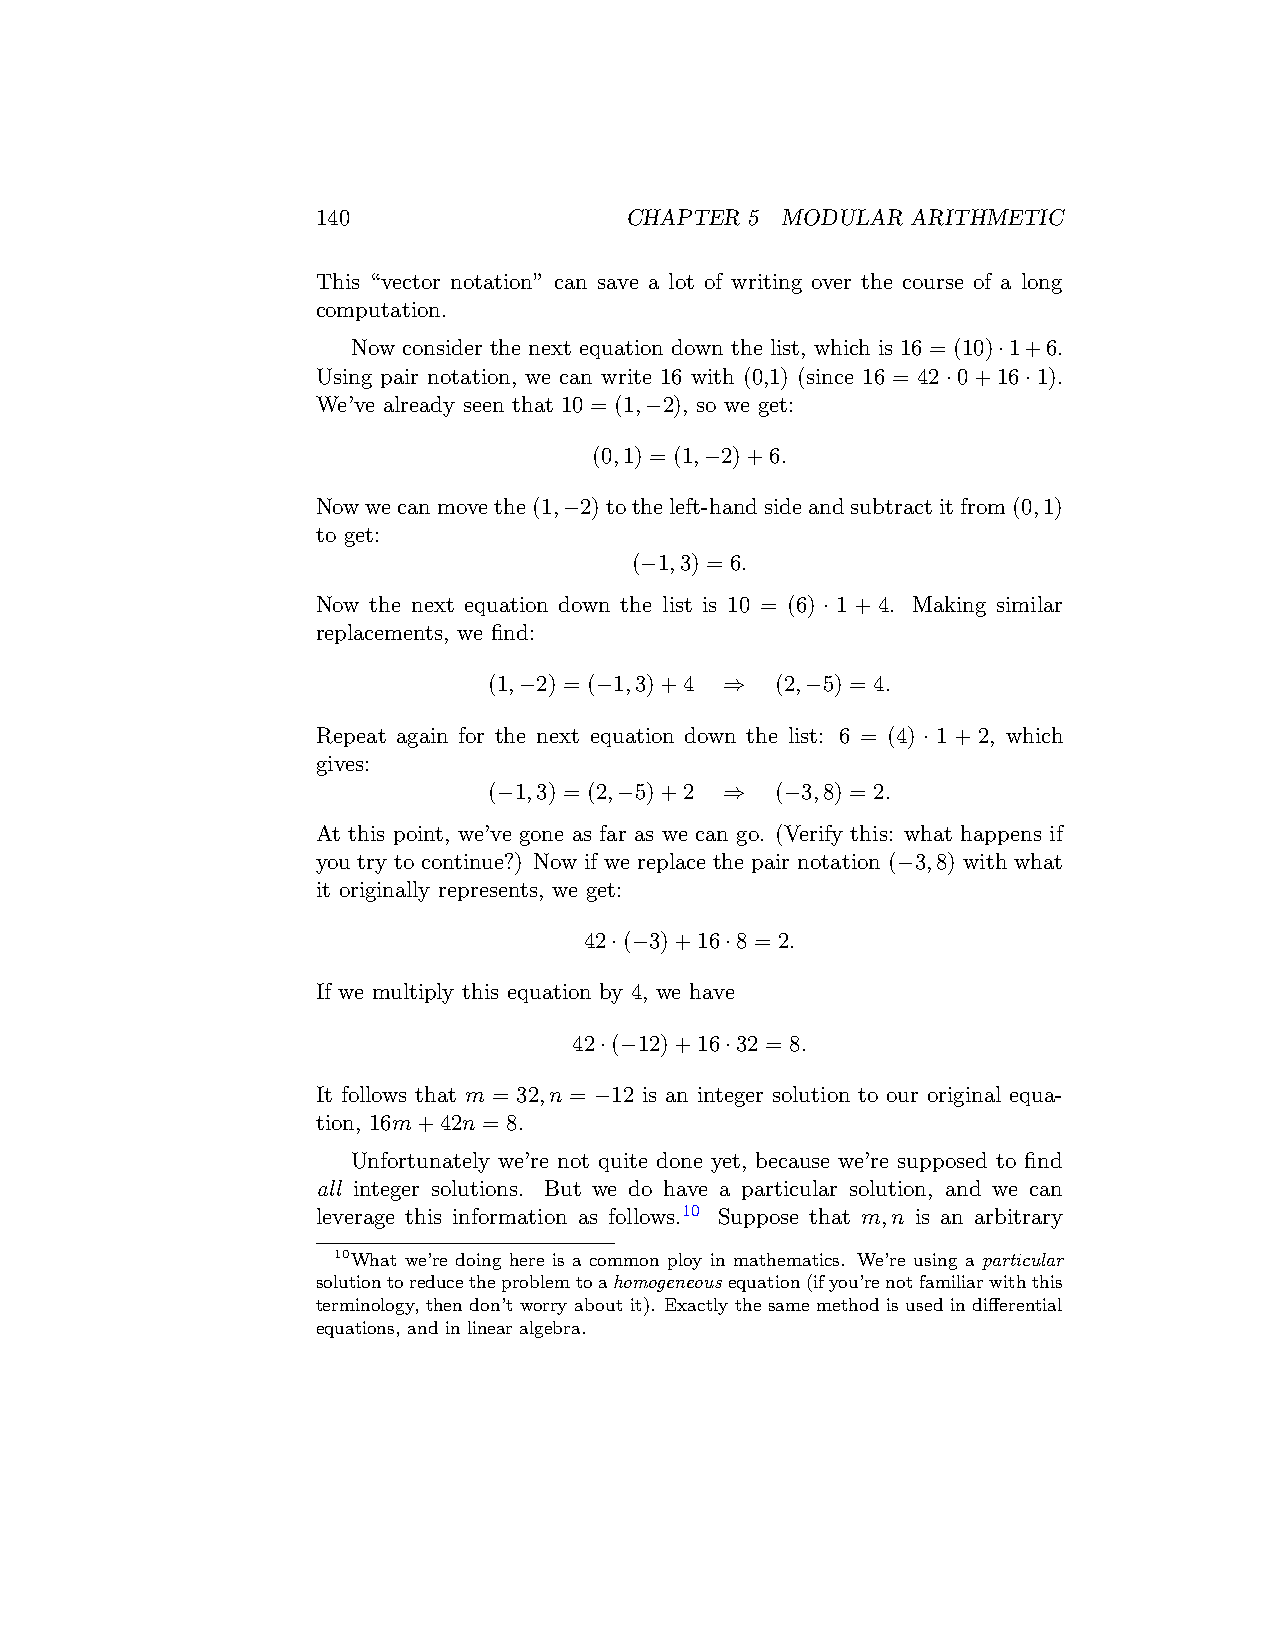
140                 CHAPTER  5 MODULAR ARITHMETIC
 This “vector notation” can save a lot of writing over the course of a long
 computation.
 Now consider the next equation down the list, which is 16 = (10)·1+6.
 Using pair notation, we can write 16 with (0,1) (since 16 = 42·0+16·1).
 We’ve already seen that 10 = (1,−2), so we get:
 (0,1) = (1,−2)+6.
 Nowwecanmovethe(1,−2)totheleft-handsideandsubtractitfrom(0,1)
 to get:
 (−1,3) = 6.
 Now the next equation down the list is 10 = (6) · 1 + 4. Making similar
 replacements, we find:
 (1,−2) = (−1,3)+4 ⇒ (2,−5) = 4.
 Repeat again for the next equation down the list: 6 = (4) · 1 + 2, which
 gives:
 (−1,3) = (2,−5)+2 ⇒ (−3,8) = 2.
 At this point, we’ve gone as far as we can go. (Verify this: what happens if
 you try to continue?) Now if we replace the pair notation (−3,8) with what
 it originally represents, we get:
 42·(−3)+16·8 = 2.
 If we multiply this equation by 4, we have
 42·(−12)+16·32 = 8.
 It follows that m = 32,n = −12 is an integer solution to our original equa-
 tion, 16m+42n = 8.
 Unfortunately we’re not quite done yet, because we’re supposed to find
 all integer solutions. But we do have a particular solution, and we can
 leverage this information as follows.10 Suppose that m,n is an arbitrary
 10What we’re doing here is a common ploy in mathematics. We’re using a particular
 solutiontoreducetheproblemtoahomogeneous equation(ifyou’renotfamiliarwiththis
 terminology, then don’t worry about it). Exactly the same method is used in differential
 equations, and in linear algebra.